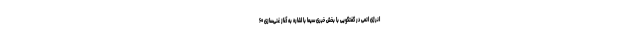
انرژی اتمی در گفتگویی با بخش خبری سیما با اشاره به آغاز غنی‌سازی ۶۰